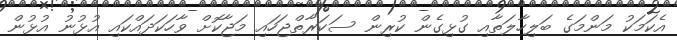
އެކަމަކު މަންމަގެ ބަލިހާލަތާއި ގުޅިގެން ކުރިން ސަކަރާތްޖަހައި މަޖާކޮށް ވާހަކަދައްކައި އުޅުނު އުޅުން